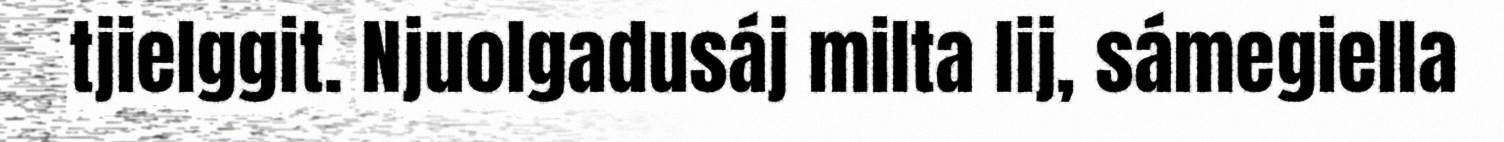
tjielggit. Njuolgadusáj milta lij, sámegiella